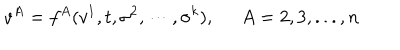
v ^ { A } = f ^ { A } ( v ^ { 1 } , t , \sigma ^ { 2 } , \cdots , \sigma ^ { k } ) , \; \; A = 2 , 3 , . . . , n